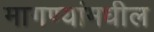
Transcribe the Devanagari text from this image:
मागण्यांमधील